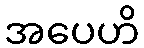
အပေဟိ